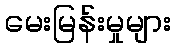
မေးမြန်းမှုများ